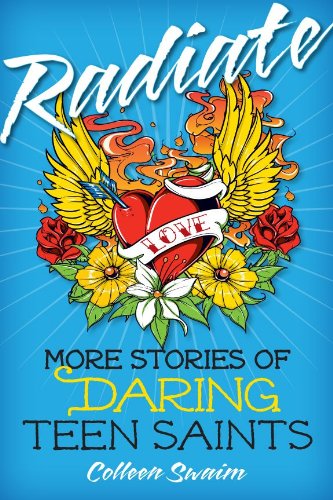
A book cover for Radiate: More Stories of Daring Teen Saints; Colleen Swaim; Christian Books & Bibles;